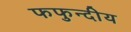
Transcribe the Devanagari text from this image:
फफुन्दीय